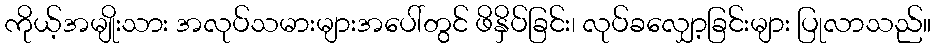
ကိုယ့်အမျိုးသား အလုပ်သမားများအပေါ်တွင် ဖိနှိပ်ခြင်း၊ လုပ်ခလျှော့ခြင်းများ ပြုလာသည်။